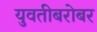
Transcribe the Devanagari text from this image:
युवतीबरोबर